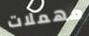
مهملات